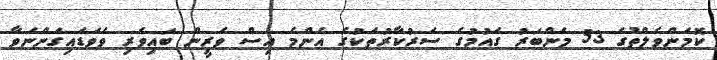
ކޮމަންވެލްތުގެ 53 މެންބަރު ގައުމުގެ ސަރުކާރުތަކުގެ އެންމެ އިސް ވެރީން ބައިވެރި ވެވަޑައިގަންނަވާ